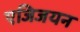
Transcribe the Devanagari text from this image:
एजिजयन